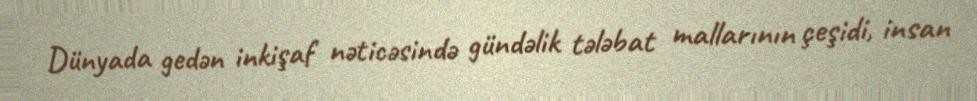
Dünyada gedən inkişaf nəticəsində gündəlik tələbat mallarının çeşidi, insan